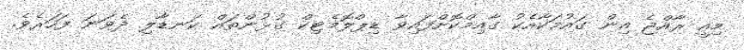
މިއީ ރާއްޖެ އިން ގައުމަކާއެކު ގާއިމްކޮށްފައިވާ ޑިޕްލޮމެޓިކް ގުޅުންތައް ކަނޑާލި ދެވަނަ ފަހަރެވެ.